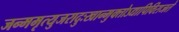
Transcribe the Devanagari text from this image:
जन्ममृत्युजरादुःखान्मुक्‍तोऽद्यापिविराजते